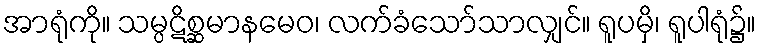
အာရုံကို။ သမ္ပဋိစ္ဆမာနမေဝ၊ လက်ခံသော်သာလျှင်။ ရူပမှိ၊ ရူပါရုံ၌။